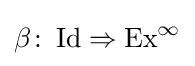
\beta \colon \operatorname {Id} \Rightarrow \operatorname {Ex} ^{\infty }